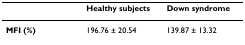
|  | Healthy subjects | Down syndrome |
 | --- | --- | --- |
 | MFI (%) | 196.76 ± 20.54 | 139.87 ± 13.32 |